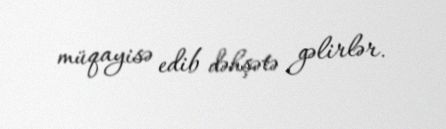
müqayisə edib dəhşətə gəlirlər.